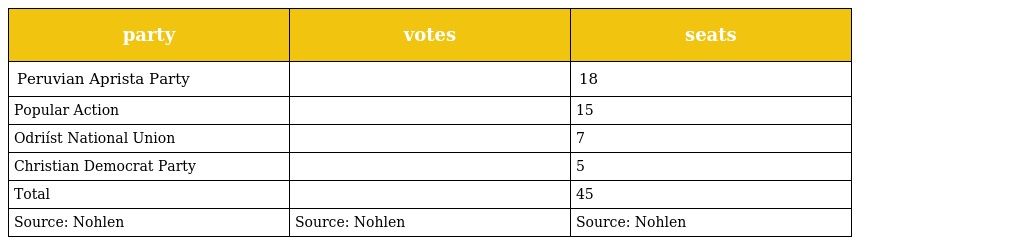
| party | votes | seats |
 | --- | --- | --- |
 | Peruvian Aprista Party |  | 18 |
 | Popular Action |  | 15 |
 | Odriíst National Union |  | 7 |
 | Christian Democrat Party |  | 5 |
 | Total |  | 45 |
 | Source: Nohlen | Source: Nohlen | Source: Nohlen |